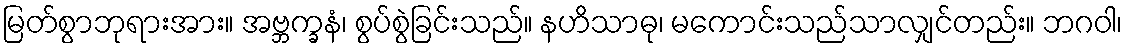
မြတ်စွာဘုရားအား။ အဗ္ဘက္ခနံ၊ စွပ်စွဲခြင်းသည်။ နဟိသာဓု၊ မကောင်းသည်သာလျှင်တည်း။ ဘဂဝါ၊